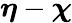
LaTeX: \boldsymbol\eta-\boldsymbol\chi